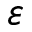
\varepsilon